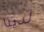
لدينا